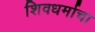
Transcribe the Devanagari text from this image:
शिवधर्माचा